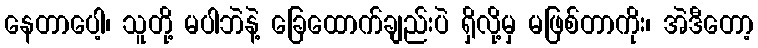
နေတာပေါ့၊ သူတို့ မပါဘဲနဲ့ ခြေထောက်ချည်းပဲ ရှိလို့မှ မဖြစ်တာကိုး၊ အဲဒီတော့